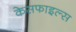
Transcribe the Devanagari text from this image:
केसफाइल्स